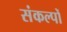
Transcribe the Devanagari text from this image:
संकल्‍पों